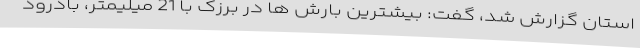
استان گزارش شد، گفت: بیشترین بارش ها در برزک با 21 میلیمتر، بادرود